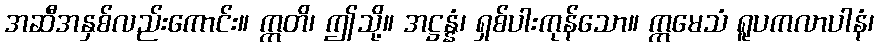
အဆီအနှစ်လည်းကောင်း။ ဣတိ၊ ဤသို့။ အဋ္ဌန္နံ၊ ရှစ်ပါးကုန်သော။ ဣမေသံ ရူပကလာပါနံ၊